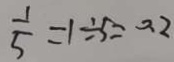
\frac { 1 } { 5 } = 1 \div 5 = 0 . 2